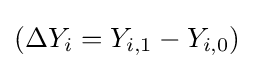
(\Delta Y_{i}=Y_{i,1}-Y_{i,0})